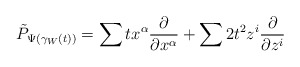
\begin{align*}\tilde{P}_{\Psi(\gamma_W(t))} = \sum t x^\alpha \frac{\partial}{\partial x^\alpha} + \sum 2t^2 z^i \frac{\partial}{\partial z^i}\end{align*}